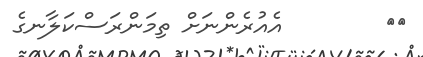
٣٤        އެއުރެންނަށް ތިމަންރަސްކަލާނގެ